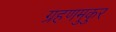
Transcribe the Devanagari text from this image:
ग्रहणमुकुर